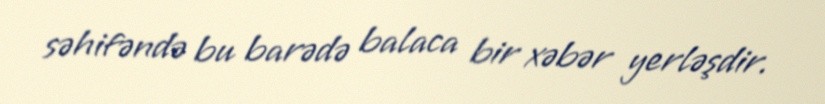
səhifəndə bu barədə balaca bir xəbər yerləşdir.